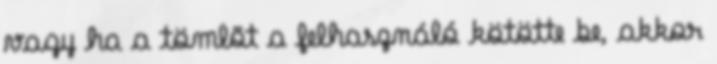
vagy ha a tömlõt a felhasználó kötötte be, akkor